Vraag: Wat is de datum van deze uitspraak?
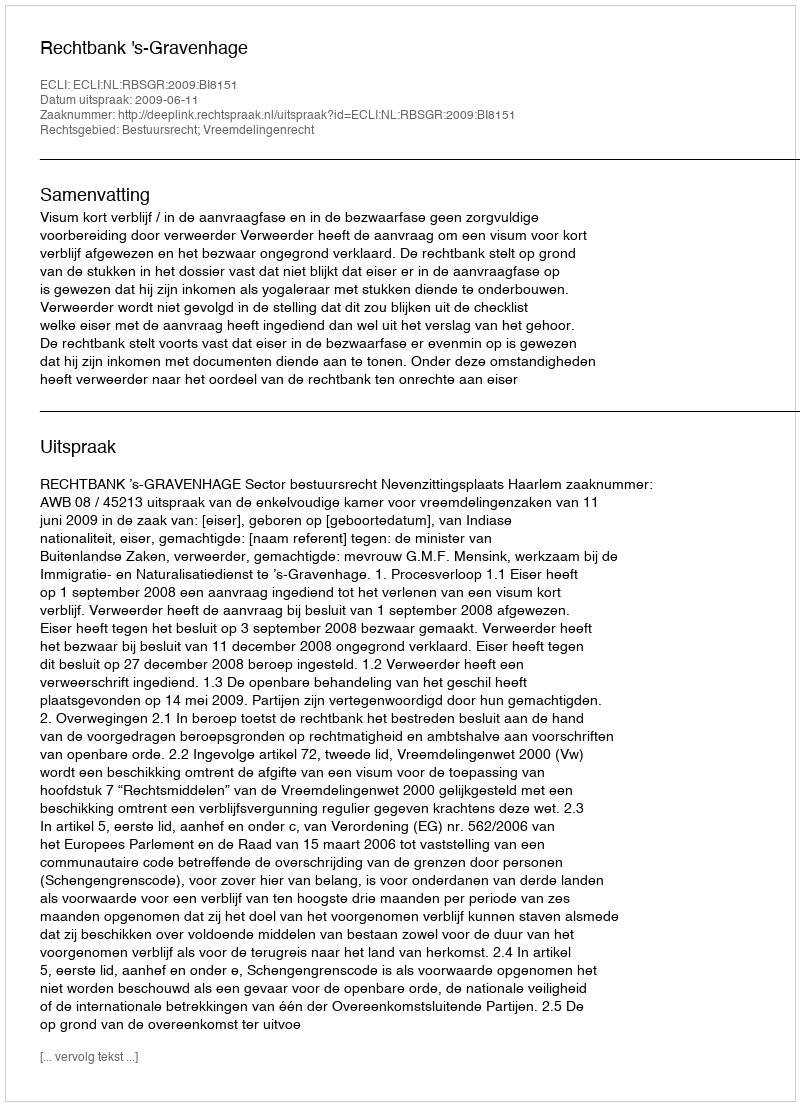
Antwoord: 2009-06-11